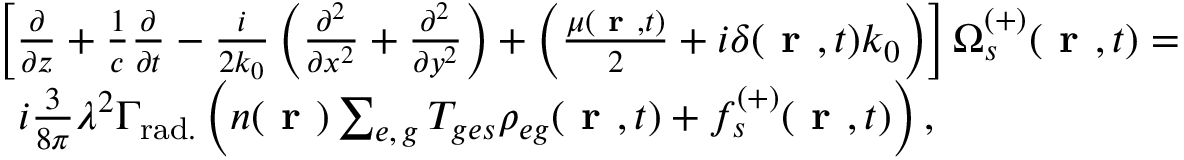
\begin{array} { r l } & { \left[ \frac { \partial } { \partial z } + \frac { 1 } { c } \frac { \partial } { \partial t } - \frac { i } { 2 k _ { 0 } } \left( \frac { \partial ^ { 2 } } { \partial x ^ { 2 } } + \frac { \partial ^ { 2 } } { \partial y ^ { 2 } } \right) + \left( \frac { \mu ( \textbf { r } , t ) } { 2 } + i \delta ( \textbf { r } , t ) k _ { 0 } \right) \right] \Omega _ { s } ^ { ( + ) } ( \textbf { r } , t ) = } \\ & { \, \, \, i \frac { 3 } { 8 \pi } \lambda ^ { 2 } \Gamma _ { \mathrm { r a d . } } \left( n ( \textbf { r } ) \sum _ { e , \, g } T _ { g e s } \rho _ { e g } ( \textbf { r } , t ) + f _ { s } ^ { ( + ) } ( \textbf { r } , t ) \right) , } \end{array}